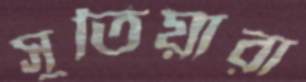
সুতিয়ারা